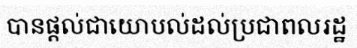
បានផ្តល់ជាយោបល់ដល់ប្រជាពលរដ្ឋ